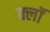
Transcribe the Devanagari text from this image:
क्लॉ